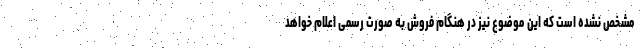
مشخص نشده است که این موضوع نیز در هنگام فروش به صورت رسمی اعلام خواهد